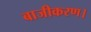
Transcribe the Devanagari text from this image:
बाजीकरण।